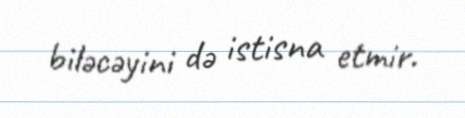
biləcəyini də istisna etmir.